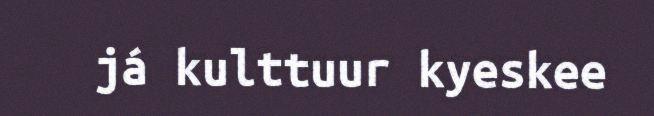
já kulttuur kyeskee